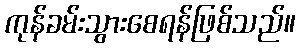
ကုန်ခမ်းသွားစေရန်ဖြစ်သည်။